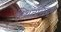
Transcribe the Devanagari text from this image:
स्थितसिद्ध